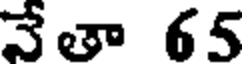
నేతా 65